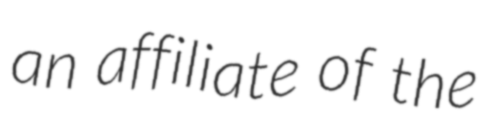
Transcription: an affiliate of the